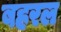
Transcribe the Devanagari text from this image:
बहरल